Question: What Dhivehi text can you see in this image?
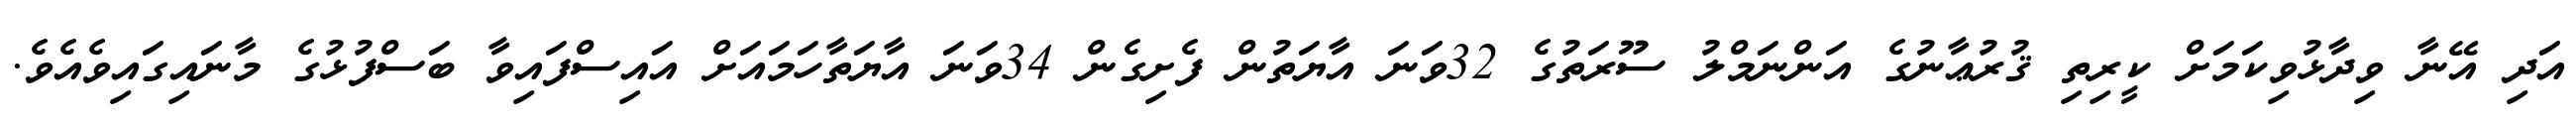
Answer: އަދި އޭނާ ވިދާޅުވިކަމަށް ކީރިތި ޤުރުޢާނުގެ އަންނަމްލު ސޫރަތުގެ 32ވަނަ އާޔަތުން ފެށިގެން 34ވަނަ އާޔަތާހަމައަށް އައިސްފައިވާ ބަސްފުޅުގެ މާނައިގައިވެއެވެ.